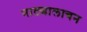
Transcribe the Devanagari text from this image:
नाट्यालाचन